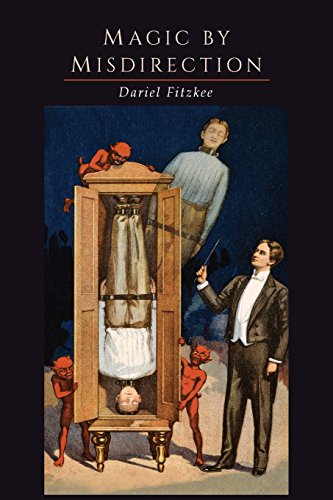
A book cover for Magic by Misdirection; Dariel Fitzkee; Humor & Entertainment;